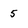
Character: 5